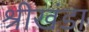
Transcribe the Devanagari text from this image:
श्रीखंडा